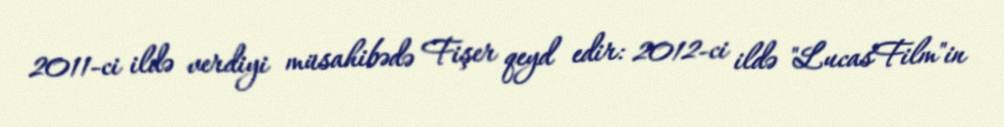
2011-ci ildə verdiyi müsahibədə Fişer qeyd edir: 2012-ci ildə "LucasFilm"in